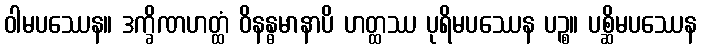
ဝါမပဿေန။ ဒက္ခိဏဟတ္ထံ ဝိနန္ဓမာနာပိ ဟတ္ထဿ ပုရိမပဿေန ပဉ္စ။ ပစ္ဆိမပဿေန